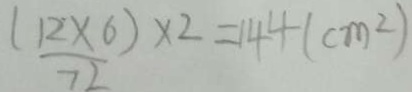
( 1 2 \times 6 ) \times 2 = 1 4 4 ( c m ^ { 2 } )